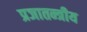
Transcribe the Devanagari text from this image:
प्रजातन्त्रीय